Indian journal of veterinary science and animal husbandry - Volume 11,
Year: 1941
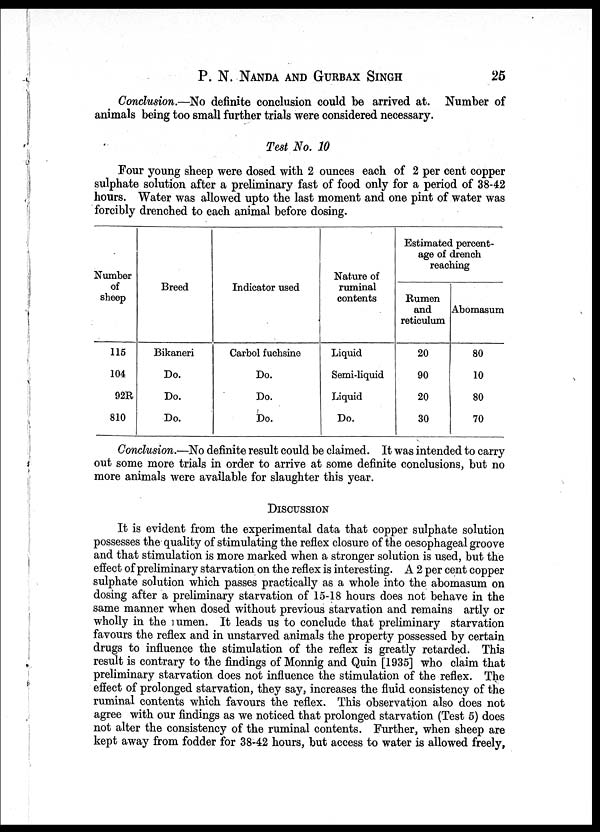
P. N. NANDA AND GURBAX SINGH 25
Conclusion.—No definite conclusion could be arrived at. Number of
animals being too small further trials were considered necessary.
Test No. 10
Four young sheep were dosed with 2 ounces each of 2 per cent copper
sulphate solution after a preliminary fast of food only for a period of 38-42
hours. Water was allowed upto the last moment and one pint of water was
forcibly drenched to each animal before dosing.
Number
of
sheep
115
104
92R
810
Breed
Bikaneri
Do.
Do.
Do.
Indicator used
Carbol fuchsine
Do.
Do.
Do.
Nature of
ruminal
contents
Liquid
Semi-liquid
Liquid
Do.
Estimated percent-
age of drench
reaching
Rumen
and
reticulum
20
90
20
30
Abomasum
80
10
80
70
Conclusion.—No definite result could be claimed. It was intended to carry
out some more trials in order to arrive at some definite conclusions, but no
more animals were available for slaughter this year.
DISCUSSION
It is evident from the experimental data that copper sulphate solution
possesses the quality of stimulating the reflex closure of the oesophageal groove
and that stimulation is more marked when a stronger solution is used, but the
effect of preliminary starvation on the reflex is interesting. A 2 per cent copper
sulphate solution which passes practically as a whole into the abomasum on
dosing after a preliminary starvation of 15-18 hours does not behave in the
same manner when dosed without previous starvation and remains artly or
wholly in the rumen. It leads us to conclude that preliminary starvation
favours the reflex and in unstarved animals the property possessed by certain
drugs to influence the stimulation of the reflex is greatly retarded. This
result is contrary to the findings of Monnig and Quin [1935] who claim that
preliminary starvation does not influence the stimulation of the reflex. The
effect of prolonged starvation, they say, increases the fluid consistency of the
ruminal contents which favours the reflex. This observation also does not
agree with our findings as we noticed that prolonged starvation (Test 5) does
not alter the consistency of the ruminal contents. Further, when sheep are
kept away from fodder for 38-42 hours, but access to water is allowed freely,